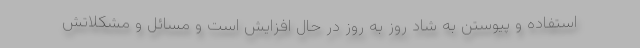
استفاده و پیوستن به شاد روز به روز در حال افزایش است و مسائل و مشکلاتش